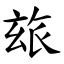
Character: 玈